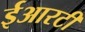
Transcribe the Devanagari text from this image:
ईआरटी